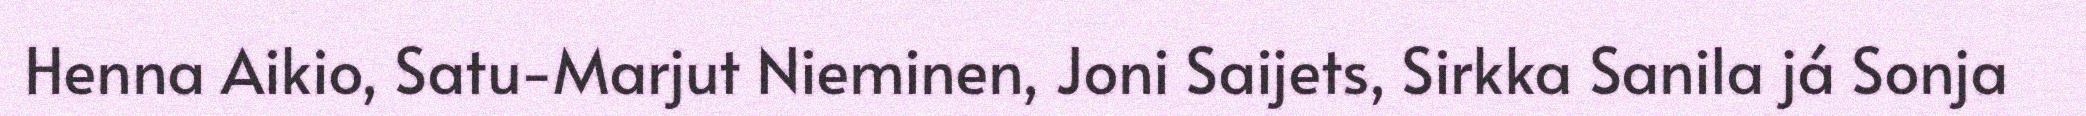
Henna Aikio, Satu-Marjut Nieminen, Joni Saijets, Sirkka Sanila já Sonja